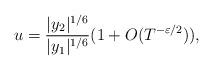
LaTeX: \begin{align*}u = \frac{|y_2|^{1/6}}{|y_1|^{1/6}}(1 + O(T^{-\varepsilon/2})),\end{align*}